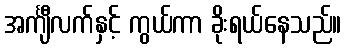
အင်္ကျီလက်နှင့် ကွယ်ကာ ခိုးရယ်နေသည်။